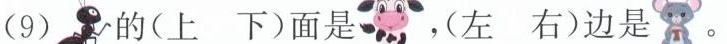
(9) 的(上 下)面是 ，(左 右)边是 。